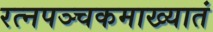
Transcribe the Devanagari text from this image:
रत्‍नपञ्चकमाख्यातं